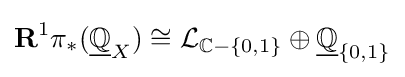
\mathbf {R} ^{1}\pi _{*}({\underline {\mathbb {Q} }}_{X})\cong {\mathcal {L}}_{\mathbb {C} -\{0,1\}}\oplus {\underline {\mathbb {Q} }}_{\{0,1\}}